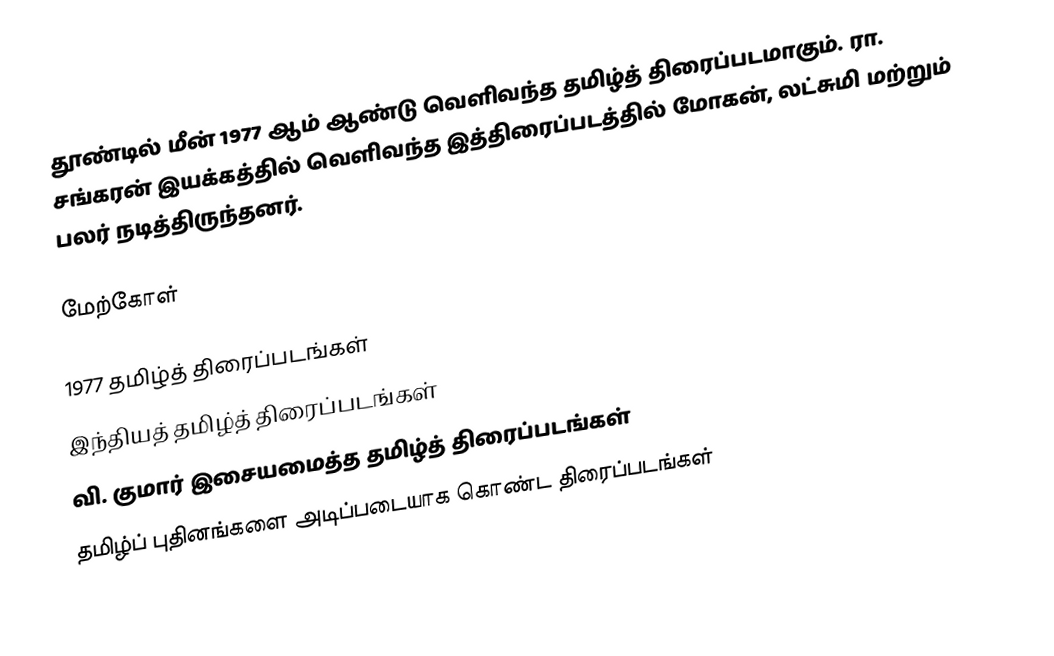
தூண்டில் மீன் 1977 ஆம் ஆண்டு வெளிவந்த தமிழ்த் திரைப்படமாகும். ரா. சங்கரன் இயக்கத்தில் வெளிவந்த இத்திரைப்படத்தில் மோகன், லட்சுமி மற்றும் பலர் நடித்திருந்தனர்.

மேற்கோள்

1977 தமிழ்த் திரைப்படங்கள்
இந்தியத் தமிழ்த் திரைப்படங்கள்
வி. குமார் இசையமைத்த தமிழ்த் திரைப்படங்கள்
தமிழ்ப் புதினங்களை அடிப்படையாக கொண்ட திரைப்படங்கள்